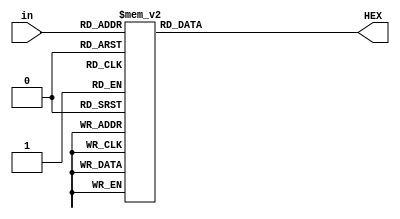
module decode_hex(in,HEX);
	input [3:0] in;
	output reg [6:0] HEX;

	always @(in)
	begin
		case (in)
			0: HEX=7'b1000000;
			1: HEX=7'b1111001;
			2: HEX=7'b0100100;
			3: HEX=7'b0110000;
			4: HEX=7'b0011001;
			5: HEX=7'b0010010;
			6: HEX=7'b0000010;
			7: HEX=7'b1111000;
			8: HEX=7'b0000000;
			9: HEX=7'b0010000;
			10:HEX=7'b0001000;
			11:HEX=7'b0000011;
			12:HEX=7'b1000110;
			13:HEX=7'b0100001;
			14:HEX=7'b0000110;
			15:HEX=7'b0001110;
			default: HEX=7'b1111111;
		endcase	
	end
endmodule